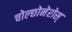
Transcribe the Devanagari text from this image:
चोल्छोनेरोस्